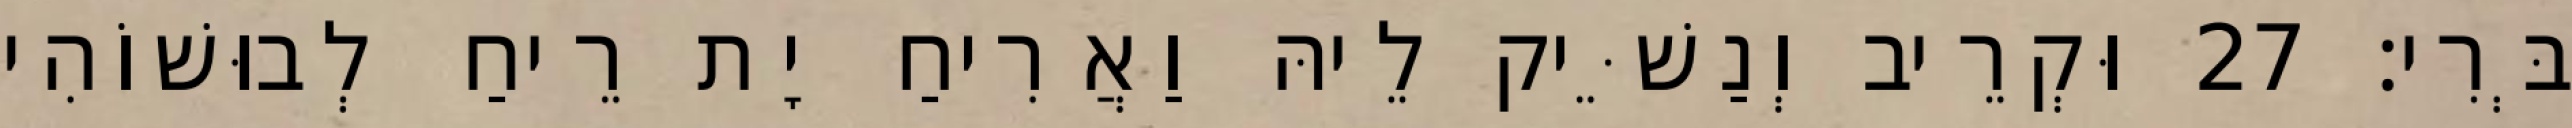
בְּרִי׃ 27 וּקְרֵיב וְנַשֵּׁיק לֵיהּ וַאֲרִיחַ יָת רֵיחַ לְבוּשׁוֹהִי